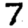
Digit: 7